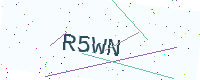
Text: R5WN